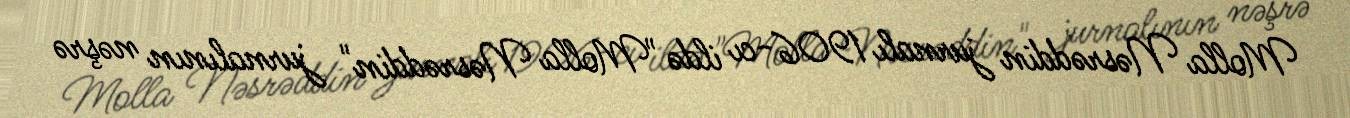
Molla Nəsrəddin jurnalı 1906-cı ildə "Molla Nəsrəddin" jurnalının nəşrə